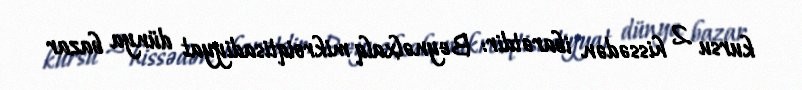
kursu 2 hissədən ibarətdir: Beynəlxalq mikroiqtisadiyyat dünya bazar